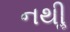
નથીૢ